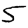
Digit: 5